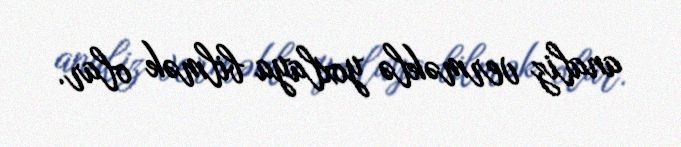
analiz verməklə yoxlaya bilmək olar.